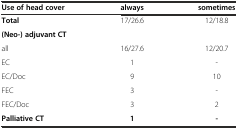
| Use of head cover | always | sometimes |
 | --- | --- | --- |
 | Total | 17/26.6 | 12/18.8 |
 | (Neo-) adjuvant CT |  |  |
 | all | 16/27.6 | 12/20.7 |
 | EC | 1 | - |
 | EC/Doc | 9 | 10 |
 | FEC | 3 | - |
 | FEC/Doc | 3 | 2 |
 | Palliative CT | 1 | - |